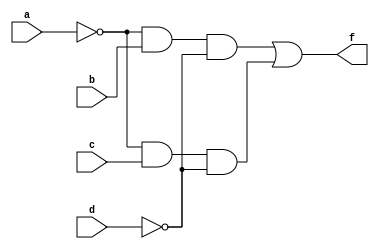
`timescale 1ns / 1ps
//////////////////////////////////////////////////////////////////////////////////
// Company: 
// Engineer: 
// 
// Design Name: 
// Module Name:    test 
// Project Name: 
// Target Devices: 
// Tool versions: 
// Description: 
//
// Dependencies: 
//
// Revision: 
// Revision 0.01 - File Created
// Additional Comments: 
//
//////////////////////////////////////////////////////////////////////////////////
module test(
    input a,
    input b,
    input c,
    input d,
    output f
    );
assign f = (~a & b & ~d) | (~a & c & ~d);

endmodule